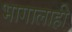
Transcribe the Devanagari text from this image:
भागालाही